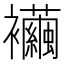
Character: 襺